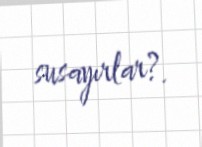
susayırlar?.